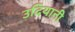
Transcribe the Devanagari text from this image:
उदियानी